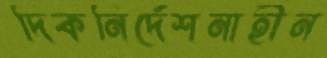
দিকনির্দেশনাহীন